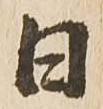
日